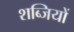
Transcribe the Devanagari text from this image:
शब्जियों